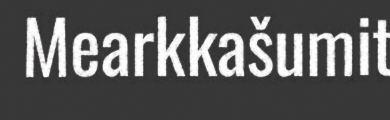
Mearkkašumit